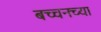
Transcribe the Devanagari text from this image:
बच्चनच्या